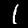
Label: 1